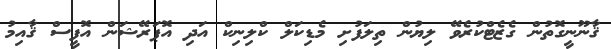
ޤާނޫނީގޮތުން ގެޒެޓްކުރެވޭ ލިޔުން ތިލަފުށި މެޑިކަލް ކްލިނިކް އަދި އޮޕަރޭޝަން އޮފީސް ޤާއިމު